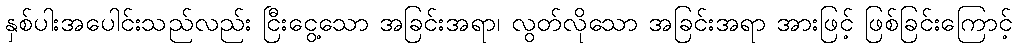
နှစ်ပါးအပေါင်းသည်လည်း ငြီးငွေ့သော အခြင်းအရာ၊ လွတ်လိုသော အခြင်းအရာ အားဖြင့် ဖြစ်ခြင်းကြောင့်